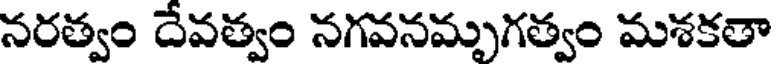
నరత్వం దేవత్వం నగవనమృగత్వం మశకతా